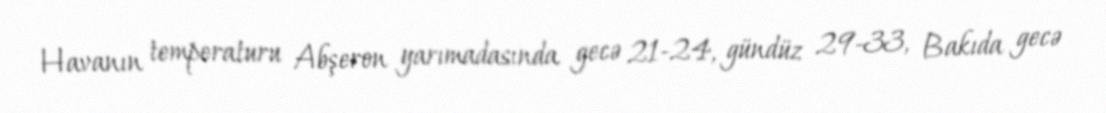
Havanın temperaturu Abşeron yarımadasında gecə 21-24, gündüz 29-33, Bakıda gecə